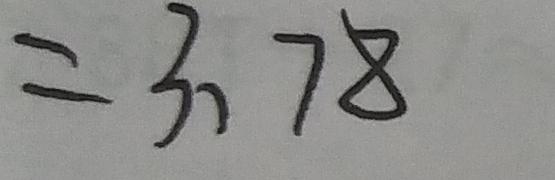
= 3 . 7 8